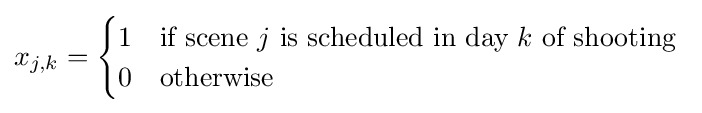
x_{j,k}={\begin{cases}1&{\text{if scene }}j{\text{ is scheduled in day }}k{\text{ of shooting }}\\0&{\text{otherwise}}\end{cases}}